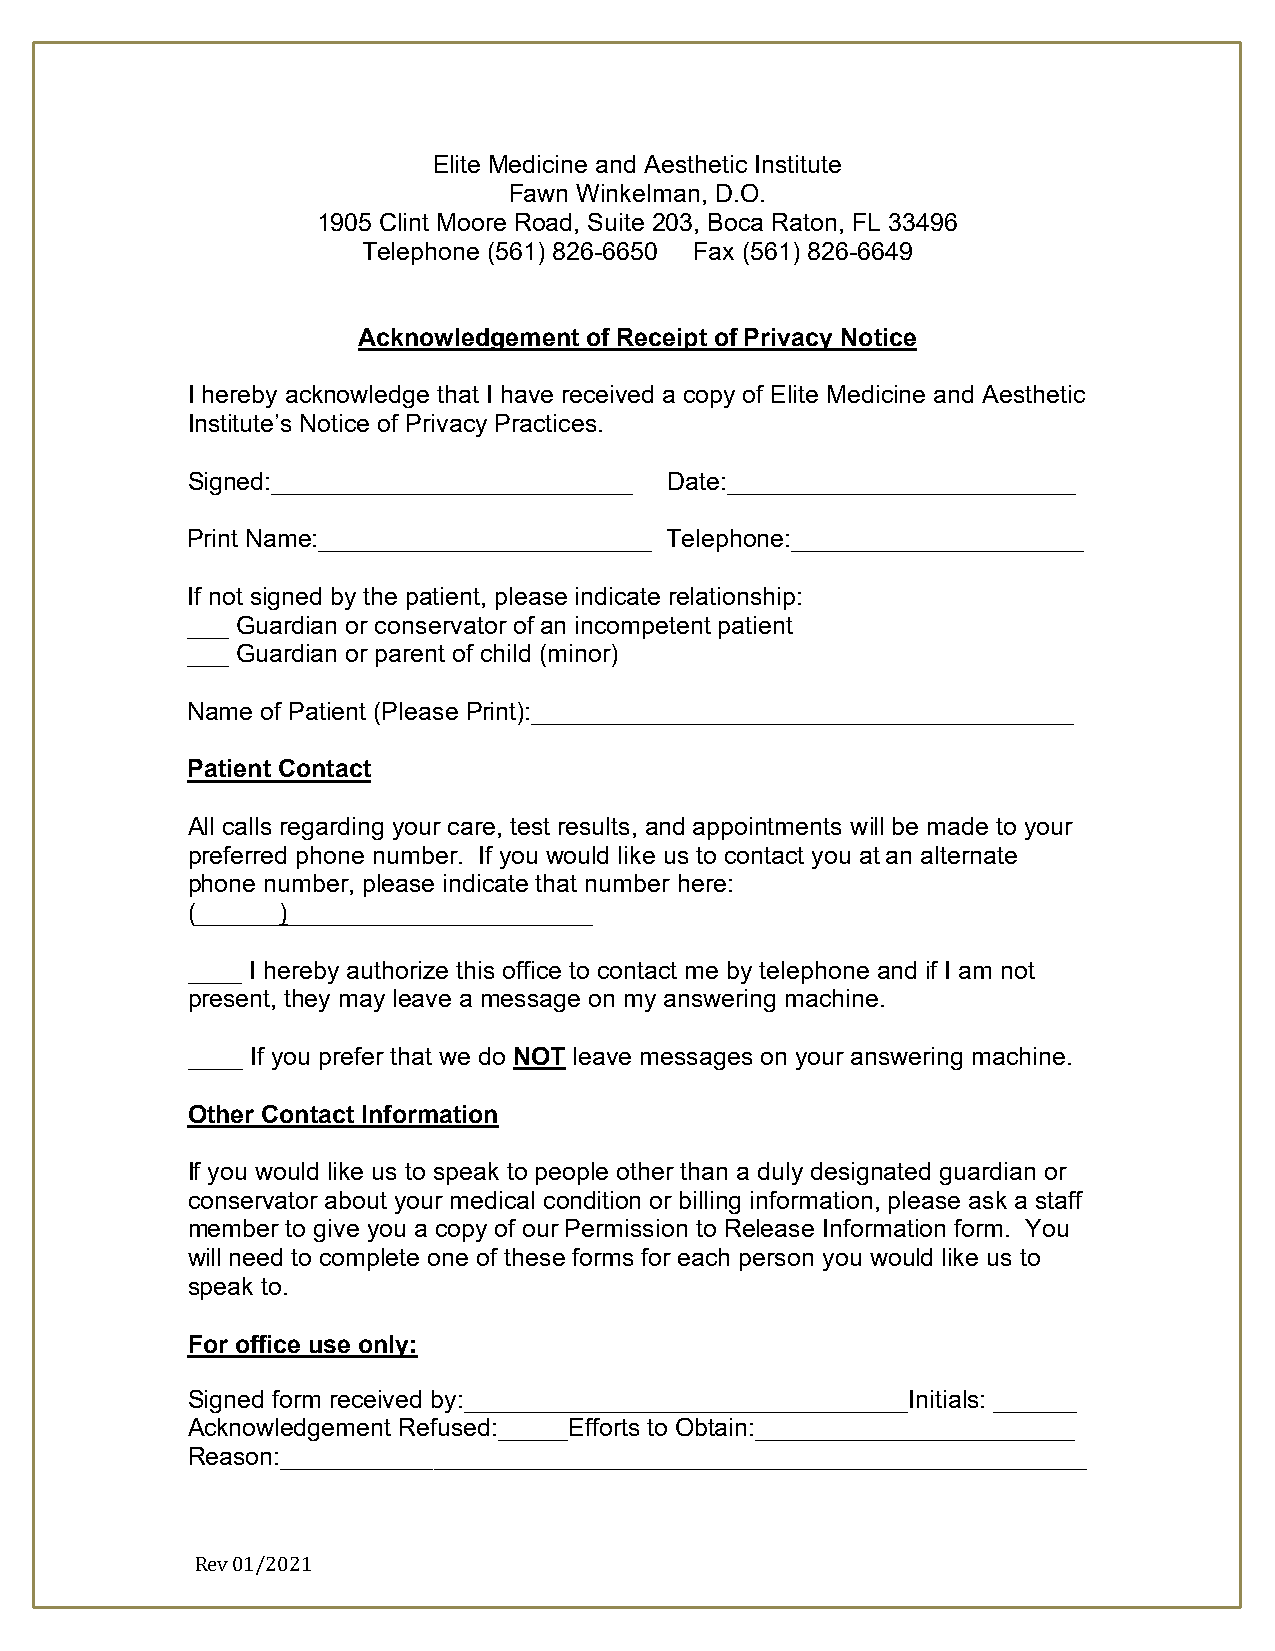
Elite Medicine and Aesthetic Institute
 Fawn Winkelman, D.O.
 1905 Clint Moore Road, Suite 203, Boca Raton, FL 33496
 Telephone (561) 826-6650 Fax (561) 826-6649
 Acknowledgement of Receipt of Privacy Notice
 I hereby acknowledge that I have received a copy of Elite Medicine and Aesthetic
 Institute’s Notice of Privacy Practices.
 Signed:__________________________ Date:_________________________
 Print Name:________________________ Telephone:_____________________
 If not signed by the patient, please indicate relationship:
 ___ Guardian or conservator of an incompetent patient
 ___ Guardian or parent of child (minor)
 Name of Patient (Please Print):_______________________________________
 Patient Contact
 All calls regarding your care, test results, and appointments will be made to your
 preferred phone number. If you would like us to contact you at an alternate
 phone number, please indicate that number here:
 (______)______________________
 ____ I hereby authorize this office to contact me by telephone and if I am not
 present, they may leave a message on my answering machine.
 ____ If you prefer that we do NOT leave messages on your answering machine.
 Other Contact Information
 If you would like us to speak to people other than a duly designated guardian or
 conservator about your medical condition or billing information, please ask a staff
 member to give you a copy of our Permission to Release Information form. You
 will need to complete one of these forms for each person you would like us to
 speak to.
 For office use only:
 Signed form received by:________________________________Initials: ______
 Acknowledgement Refused:_____Efforts to Obtain:_______________________
 Reason:__________________________________________________________
 Rev 01/2021